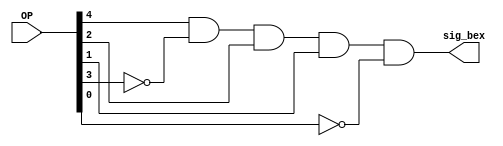
module min_bex(OP, sig_bex);
	// min stands for Minterms
	// here we got just one term: sig_bex = OP[4] AND OP[3]' AND ...
	input [4:0] OP;
	output sig_bex;
	
	and myOP_and (sig_bex, OP[4], ~OP[3], OP[2], OP[1], ~OP[0]);
	
endmodule